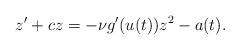
LaTeX: \begin{align*}z' + c z = - \nu g'(u(t))z^{2} - a(t).\end{align*}